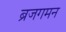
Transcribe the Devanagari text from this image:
ब्रजगमन